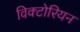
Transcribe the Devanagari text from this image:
विक्‍टोरियन